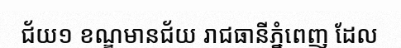
ជ័យ១ ខណ្ឌមានជ័យ រាជធានីភ្នំពេញ ដែល